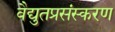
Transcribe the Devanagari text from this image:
वैद्युतप्रसंस्करण